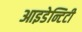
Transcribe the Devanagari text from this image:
आइडेन्टिटी